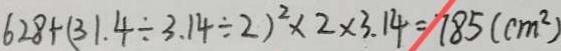
6 2 8 + ( 3 1 . 4 \div 3 . 1 4 \div 2 ) ^ { 2 } \times 2 \times 3 . 1 4 = 7 8 5 ( c m ^ { 2 } )